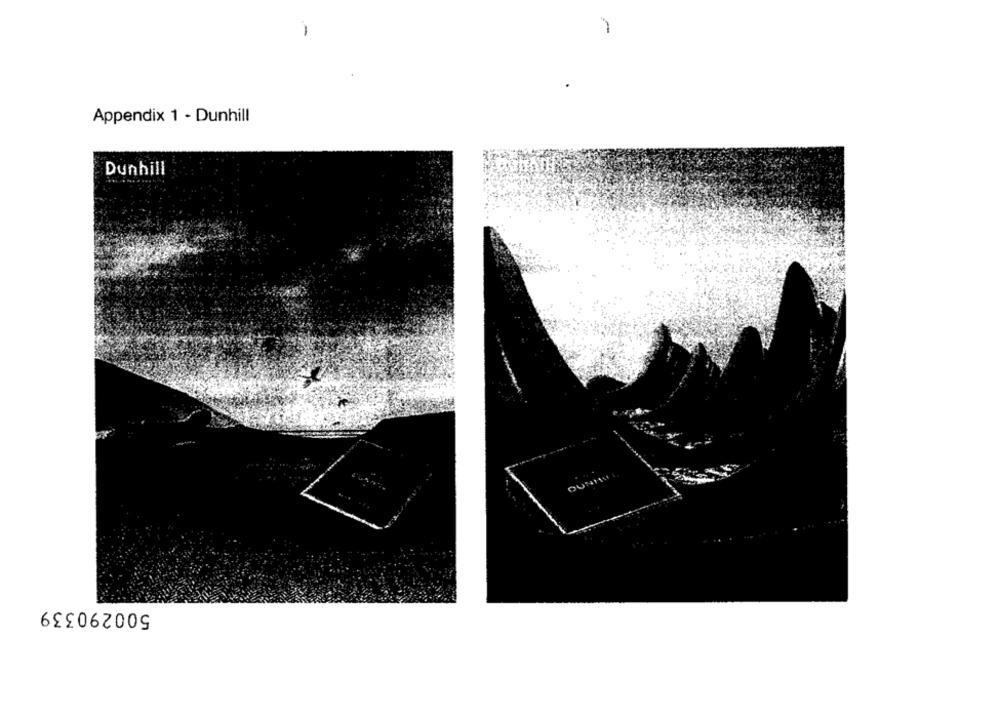
-
Appendix 1 - Dunhill
Dunhill
OUNITI :
500290339